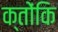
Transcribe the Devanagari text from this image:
क्तोंकि